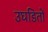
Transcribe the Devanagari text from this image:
उघडितों